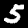
Digit: 5